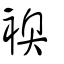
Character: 襖